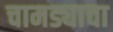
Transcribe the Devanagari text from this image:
चामड्याचा